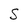
Character: S